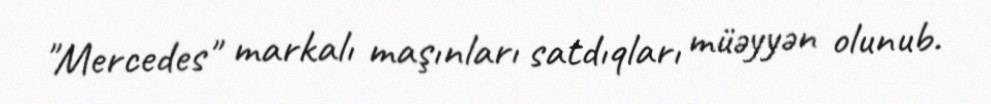
"Mercedes" markalı maşınları satdıqları müəyyən olunub.